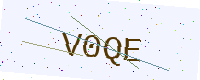
Text: V0QE